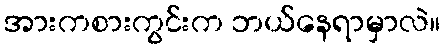
အားကစားကွင်းက ဘယ်နေရာမှာလဲ။